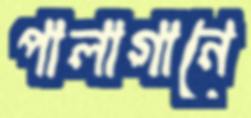
পালাগানে